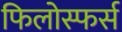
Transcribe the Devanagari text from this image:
फिलोस्फर्स